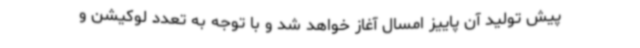
پیش تولید آن پاییز امسال آغاز خواهد شد و با توجه به تعدد لوکیشن و